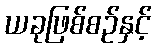
ယခုဖြစ်စဉ်နှင့်